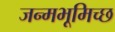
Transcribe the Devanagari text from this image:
जन्मभूमिच्छ